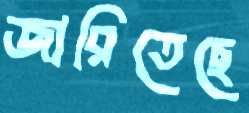
জারিতেছে